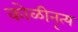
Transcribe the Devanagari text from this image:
कोळीनृत्य